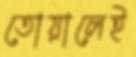
তোয়ালেই